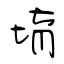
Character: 堉